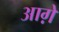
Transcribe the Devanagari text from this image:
आग़े